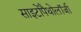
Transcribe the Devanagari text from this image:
साइटोपैथोलॉजी